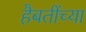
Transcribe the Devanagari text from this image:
हैबतींच्या